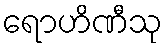
ရောဟိဏီသု